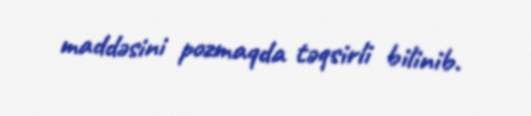
maddəsini pozmaqda təqsirli bilinib.